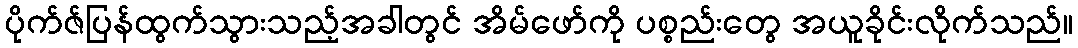
ပိုက်ဇ်ပြန်ထွက်သွားသည့်အခါတွင် အိမ်ဖော်ကို ပစ္စည်းတွေ အယူခိုင်းလိုက်သည်။